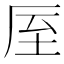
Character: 厔